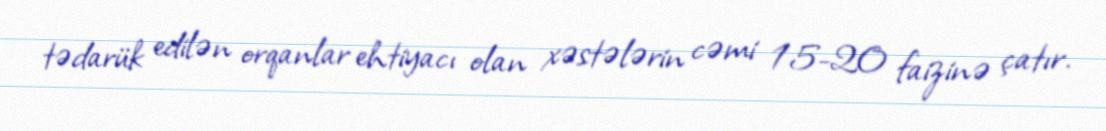
tədarük edilən orqanlar ehtiyacı olan xəstələrin cəmi 15-20 faizinə çatır.